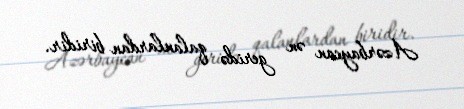
Azərbaycan ən geridə qalanlardan biridir.